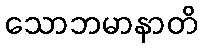
သောဘမာနာတိ